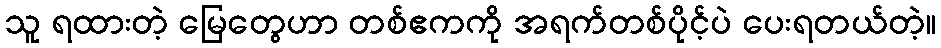
သူ ရထားတဲ့ မြေတွေဟာ တစ်ဧကကို အရက်တစ်ပိုင့်ပဲ ပေးရတယ်တဲ့။